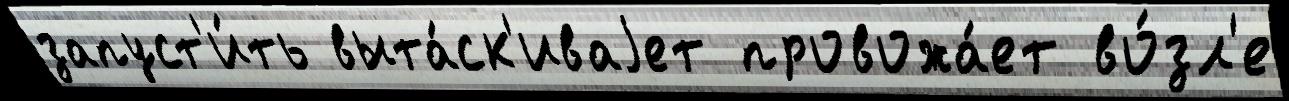
запуст'и́ть выта́ск'иваjет провожа́ет во́зл'е